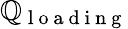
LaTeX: \mathbb{Q}_{\mathrm{{~l~o~a~d~i~n~g~}}}